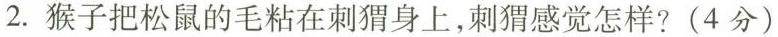
2. 猴子把松鼠的毛粘在刺猬身上，刺猬感觉怎样?(4分)